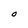
Character: O